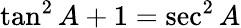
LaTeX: \tan^{2}A+1=\sec^{2}A